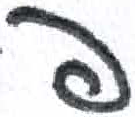
אות: פ